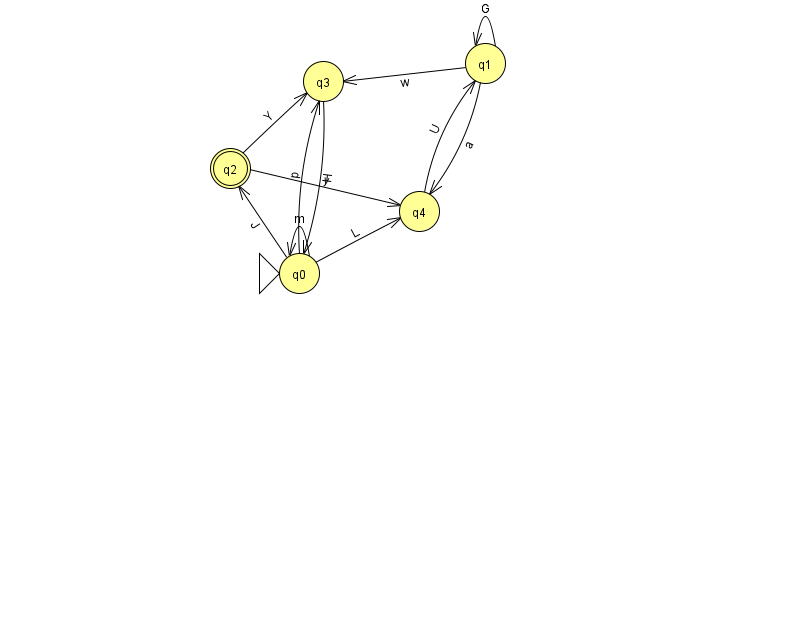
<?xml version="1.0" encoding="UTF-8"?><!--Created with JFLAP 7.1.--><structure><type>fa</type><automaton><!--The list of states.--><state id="0" name="q0"><x>299.0</x><y>260.0</y><initial/></state><state id="1" name="q1"><x>485.0</x><y>50.0</y></state><state id="2" name="q2"><x>230.0</x><y>155.0</y><final/></state><state id="3" name="q3"><x>323.0</x><y>68.0</y></state><state id="4" name="q4"><x>419.0</x><y>198.0</y></state><!--The list of transitions.--><transition><from>1</from><to>3</to><read>w</read></transition><transition><from>2</from><to>3</to><read>Y</read></transition><transition><from>0</from><to>4</to><read>L</read></transition><transition><from>0</from><to>3</to><read>p</read></transition><transition><from>0</from><to>2</to><read>J</read></transition><transition><from>1</from><to>1</to><read>G</read></transition><transition><from>4</from><to>1</to><read>U</read></transition><transition><from>2</from><to>4</to><read>y</read></transition><transition><from>1</from><to>4</to><read>a</read></transition><transition><from>0</from><to>0</to><read>m</read></transition><transition><from>3</from><to>0</to><read>H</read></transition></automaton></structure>